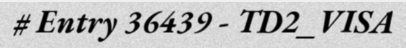
# Entry 36439 - TD2_VISA